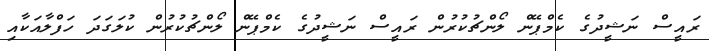
ރައީސް ނަޝީދުގެ ކެމްޕޭން ލޯންޗުކުރުން ރައީސް ނަޝީދުގެ ކެމްޕޭން ލޯންޗުކުރުން ކުލަގަދަ ހަފްލާއަކާއި